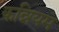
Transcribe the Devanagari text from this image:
कन्नियम